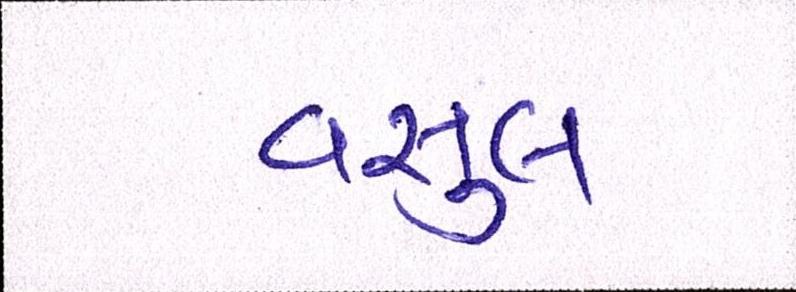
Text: વસુલ